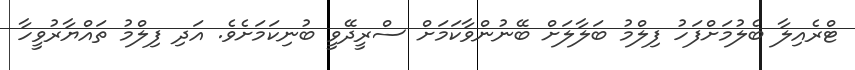
ޓްރެއިލާ ބެލުމަށްފަހު ފިލްމު ބަލާލަށް ބޭނުންވާކަމަށް ސްރީދޭވީ ބުނިކަމަށެވެ. އަދި ފިލްމު ތައްޔާރުވީހާ